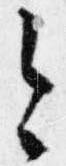
今